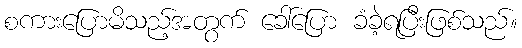
စကားပြောမိသည့်အတွက် ခေါ်ပြော ခံခဲ့ရပြီးဖြစ်သည်။